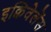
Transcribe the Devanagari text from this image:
इक्विवेलेंस